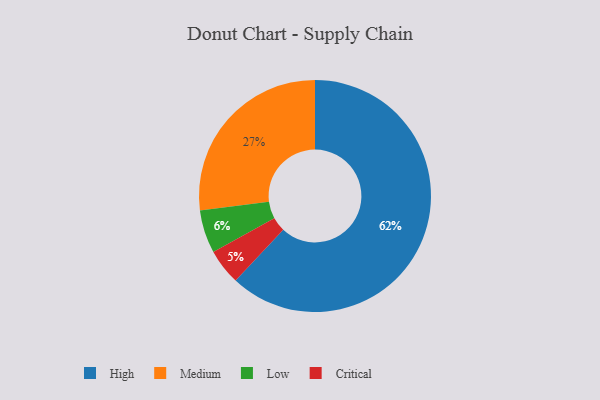
{"axis": {"x": "Category", "y": "Percentage"}, "legend": ["Critical", "High", "Low", "Medium"], "data": [{"x": "Medium", "y": 27, "type": "Medium"}, {"x": "High", "y": 62, "type": "High"}, {"x": "Low", "y": 6, "type": "Low"}, {"x": "Critical", "y": 5, "type": "Critical"}]}